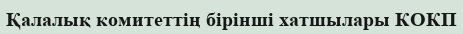
Қалалық комитеттің бірінші хатшылары КОКП